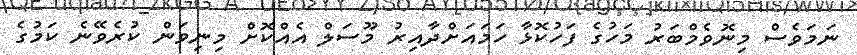
ނަމަވެސް މިނޮވެމްބަރު މަހުގެ ފަހުކޮޅާ ހަމައަށްދާއިރު މޫސަލް އެއްކޮށް މިނިވަން ކުރެވޭނެ ކަމުގެ